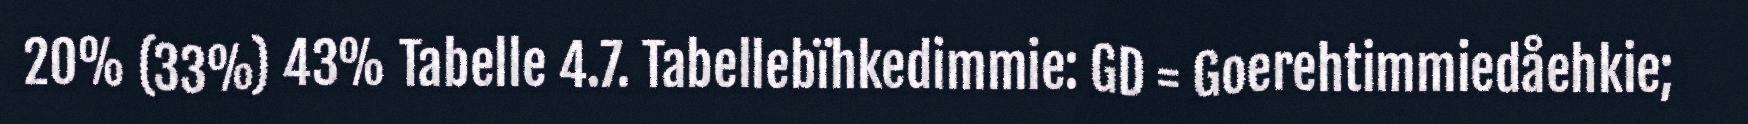
20% (33%) 43% Tabelle 4.7. Tabellebïhkedimmie: GD = Goerehtimmiedåehkie;